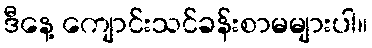
ဒီနေ့ ကျောင်းသင်ခန်းစာမများပါ။